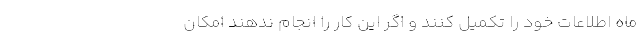
ماه اطلاعات خود را تکمیل کنند و اگر این کار را انجام ندهند امکان